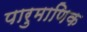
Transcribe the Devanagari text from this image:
पारुमाणिक